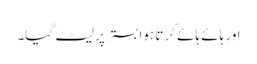
اور ہائے ہائے کرتا ہوا بستر پر لیٹ گیا۔